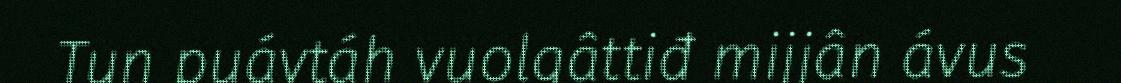
Tun puávtáh vuolgâttiđ mijjân ávus